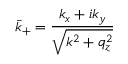
\bar { k } _ { + } = \frac { k _ { x } + i k _ { y } } { \sqrt { k ^ { 2 } + q _ { z } ^ { 2 } } }